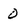
Character: 0